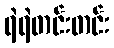
ရဲရဲတင်းတင်း